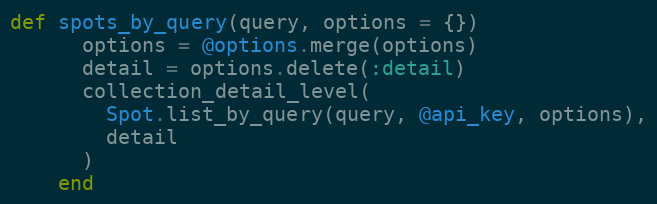
Language: Ruby
def spots_by_query(query, options = {})
      options = @options.merge(options)
      detail = options.delete(:detail)
      collection_detail_level(
        Spot.list_by_query(query, @api_key, options),
        detail
      )
    end